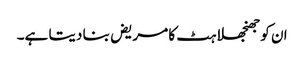
ان کو جھنجھلاہٹ کا مریض بنا دیتا ہے۔